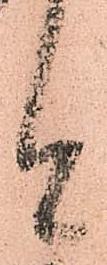
今